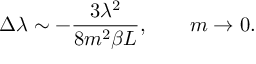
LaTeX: \Delta \lambda \sim - \frac { 3 \lambda ^ { 2 } } { 8 m ^ { 2 } \beta L } , \qquad m \rightarrow 0 .